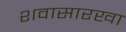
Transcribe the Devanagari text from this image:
शवासारखा